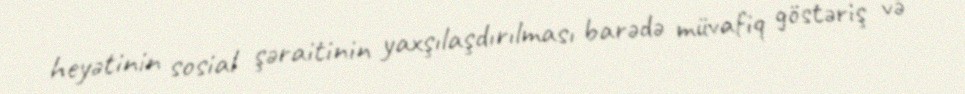
heyətinin sosial şəraitinin yaxşılaşdırılması barədə müvafiq göstəriş və